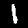
Digit: 1